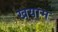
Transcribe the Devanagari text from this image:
खयाम